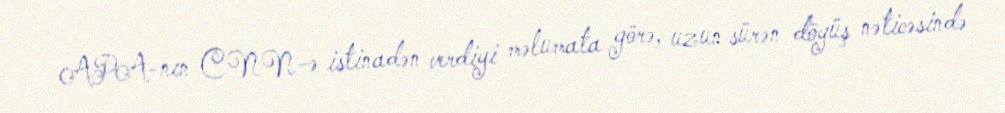
APA-nın CNN-ə istinadən verdiyi məlumata görə, uzun sürən döyüş nəticəsində